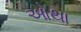
ઓથા